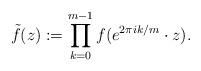
LaTeX: \begin{align*}\tilde f(z) := \prod_{k=0}^{m-1} f(e^{2\pi ik/m}\cdot z).\end{align*}